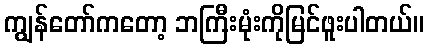
ကျွန်တော်ကတော့ ဘကြီးမုံးကိုမြင်ဖူးပါတယ်။